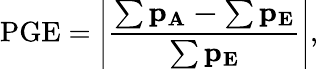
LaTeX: \mathrm{PGE}=\left|\frac{\mathbf{\sum p_{A}-\sum p_{E}}}{\mathbf{\sum p_{E}}}\right|,